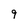
Character: 9